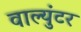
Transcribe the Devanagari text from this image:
वाल्युंटर